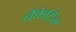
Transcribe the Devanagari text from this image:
बैंकेटिंग